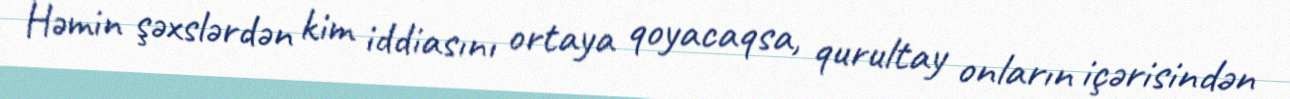
Həmin şəxslərdən kim iddiasını ortaya qoyacaqsa, qurultay onların içərisindən